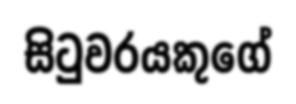
සිටුවරයකුගේ